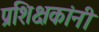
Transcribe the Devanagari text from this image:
प्रशिक्षकांनी